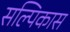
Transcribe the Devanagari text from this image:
सल्पिकास